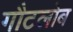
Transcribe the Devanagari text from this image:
गौटलोब